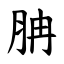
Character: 䏥